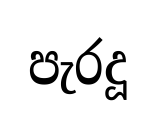
පැරදූ